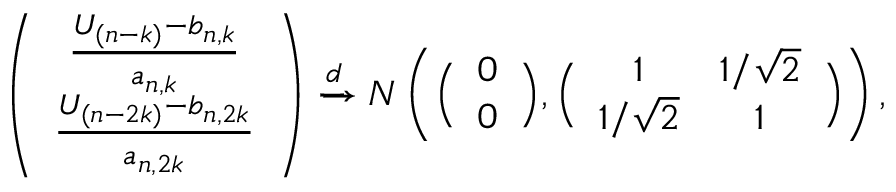
\left( \begin{array} { c } { \frac { U _ { ( n - k ) } - b _ { n , k } } { a _ { n , k } } } \\ { \frac { U _ { ( n - 2 k ) } - b _ { n , 2 k } } { a _ { n , 2 k } } } \end{array} \right) \xrightarrow { d } N \left( \Big ( \begin{array} { c } { 0 } \\ { 0 } \end{array} \Big ) , \Big ( \begin{array} { c c } { 1 } & { 1 / \sqrt { 2 } } \\ { 1 / \sqrt { 2 } } & { 1 } \end{array} \Big ) \right) ,